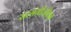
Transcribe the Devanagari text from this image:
सत्संगीजीवन